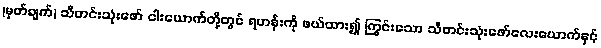
(မှတ်ချက်) သီတင်းသုံးဖော် ငါးယောက်တို့တွင် ရဟန်းကို ဖယ်ထား၍ ကြွင်းသော သီတင်းသုံးဖော်လေးယောက်နှင့်